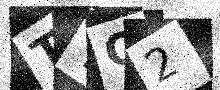
Text: TYQ2